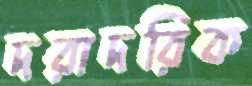
দরাদরিক